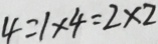
4 = 1 \times 4 = 2 \times 2